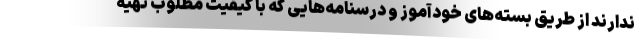
ندارند از طریق بسته‌های خودآموز و درسنامه‌هایی که با کیفیت مطلوب تهیه